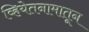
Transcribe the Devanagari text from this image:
व्हियेतनामातून